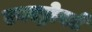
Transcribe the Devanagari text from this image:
एक्स्ट्रोवर्ट